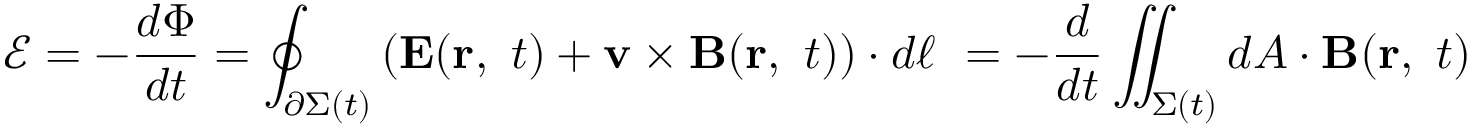
{ \mathcal { E } } = - { \frac { d \Phi } { d t } } = \oint _ { \partial \Sigma ( t ) } \left( \mathbf { E } ( \mathbf { r } , \ t ) + \mathbf { v } \times \mathbf { B } ( \mathbf { r } , \ t ) \right) \cdot d { \boldsymbol { \ell } } \ = - { \frac { d } { d t } } \iint _ { \Sigma ( t ) } d { \boldsymbol { A } } \cdot \mathbf { B } ( \mathbf { r } , \ t )